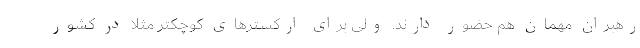
رهبران مهمان هم حضور دارند. ولی برای ارکسترهای کوچکتر مثلا در کشور